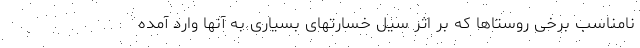
نامناسب برخی روستاها که بر اثر سیل خسارتهای بسیاری به آنها وارد آمده